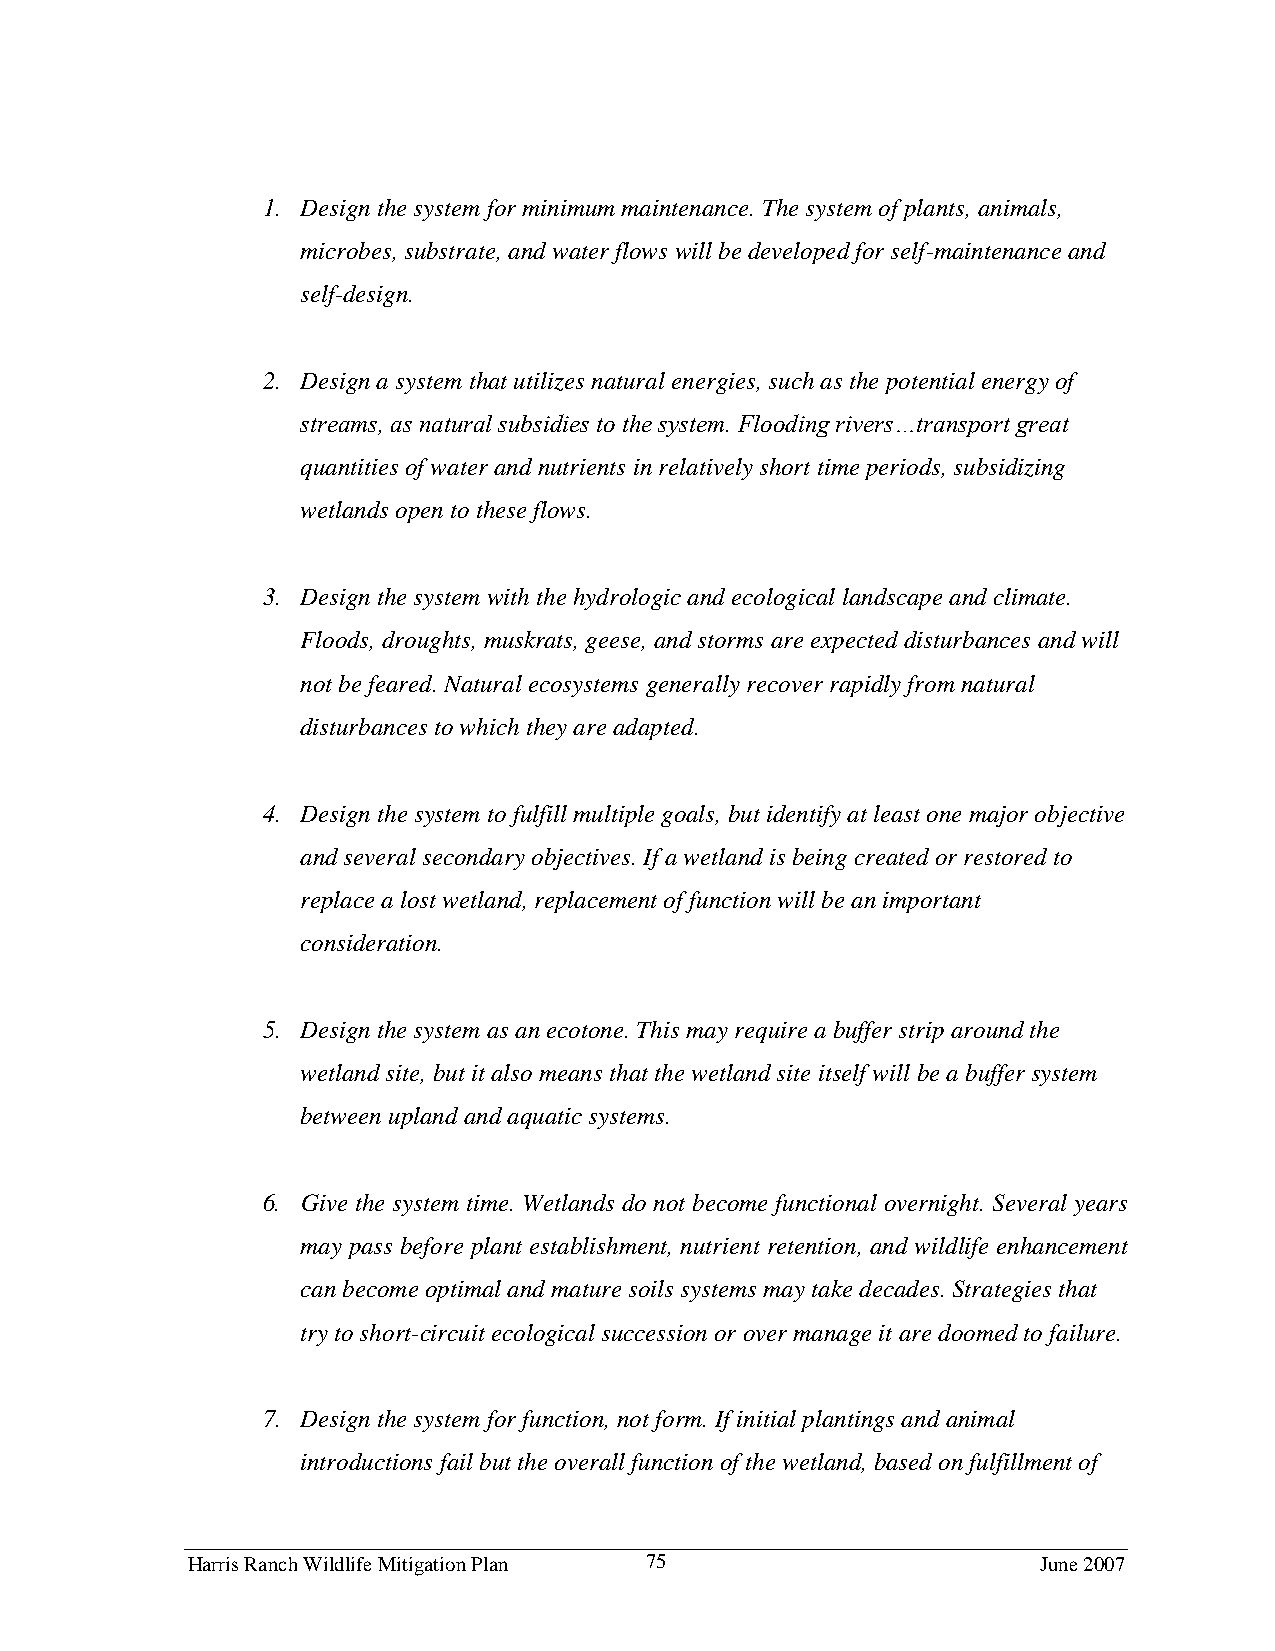
1. Design the system for minimum maintenance. The system of plants, animals,
 microbes, substrate, and water flows will be developed for self-maintenance and
 self-design.
 2. Design a system that utilizes natural energies, such as the potential energy of
 streams, as natural subsidies to the system. Flooding rivers…transport great
 quantities of water and nutrients in relatively short time periods, subsidizing
 wetlands open to these flows.
 3. Design the system with the hydrologic and ecological landscape and climate.
 Floods, droughts, muskrats, geese, and storms are expected disturbances and will
 not be feared. Natural ecosystems generally recover rapidly from natural
 disturbances to which they are adapted.
 4. Design the system to fulfill multiple goals, but identify at least one major objective
 and several secondary objectives. If a wetland is being created or restored to
 replace a lost wetland, replacement of function will be an important
 consideration.
 5. Design the system as an ecotone. This may require a buffer strip around the
 wetland site, but it also means that the wetland site itself will be a buffer system
 between upland and aquatic systems.
 6. Give the system time. Wetlands do not become functional overnight. Several years
 may pass before plant establishment, nutrient retention, and wildlife enhancement
 can become optimal and mature soils systems may take decades. Strategies that
 try to short-circuit ecological succession or over manage it are doomed to failure.
 7. Design the system for function, not form. If initial plantings and animal
 introductions fail but the overall function of the wetland, based on fulfillment of
 Harris Ranch Wildlife Mitigation Plan 75                 June 2007